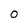
Character: 0